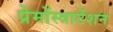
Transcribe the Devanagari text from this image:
प्रेमोंस्त्राटेंशन